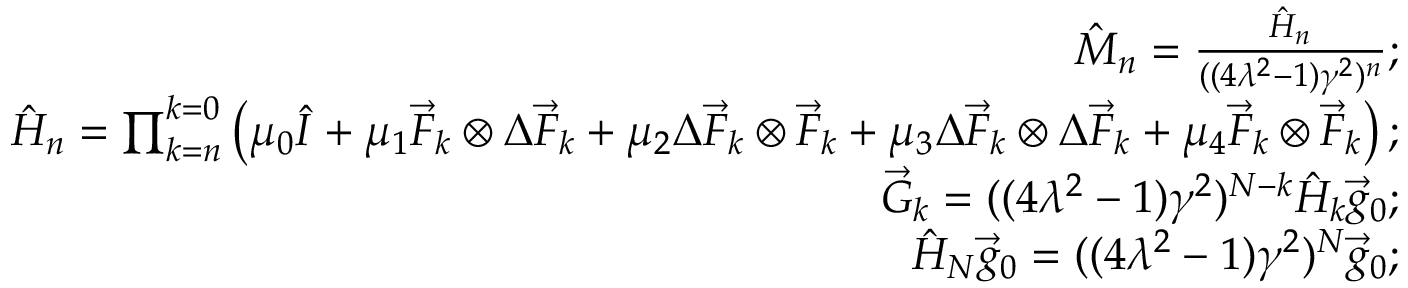
\begin{array} { r l r } & { } & { \hat { M } _ { n } = \frac { \hat { H } _ { n } } { ( ( 4 \lambda ^ { 2 } - 1 ) \gamma ^ { 2 } ) ^ { n } } ; } \\ & { } & { \hat { H } _ { n } = \prod _ { k = n } ^ { k = 0 } \left( \mu _ { 0 } \hat { I } + \mu _ { 1 } \vec { F } _ { k } \otimes \Delta \vec { F } _ { k } + \mu _ { 2 } \Delta \vec { F } _ { k } \otimes \vec { F } _ { k } + \mu _ { 3 } \Delta \vec { F } _ { k } \otimes \Delta \vec { F } _ { k } + \mu _ { 4 } \vec { F } _ { k } \otimes \vec { F } _ { k } \right) ; } \\ & { } & { \vec { G } _ { k } = ( ( 4 \lambda ^ { 2 } - 1 ) \gamma ^ { 2 } ) ^ { N - k } \hat { H } _ { k } \vec { g } _ { 0 } ; } \\ & { } & { \hat { H } _ { N } \vec { g } _ { 0 } = ( ( 4 \lambda ^ { 2 } - 1 ) \gamma ^ { 2 } ) ^ { N } \vec { g } _ { 0 } ; } \end{array}